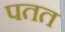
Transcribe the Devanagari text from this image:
पतत